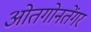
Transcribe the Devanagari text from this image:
ओतगोनतेंगर